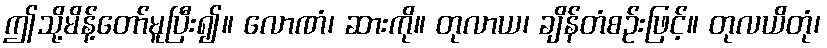
ဤသို့မိန့်တော်မူပြီး၍။ လောဏံ၊ ဆားကို။ တုလာယ၊ ချိန်တံစဉ်းဖြင့်။ တုလယိတုံ၊